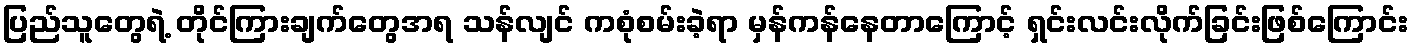
ပြည်သူတွေရဲ့ တိုင်ကြားချက်တွေအရ သန်လျင် ကစုံစမ်းခဲ့ရာ မှန်ကန်နေတာကြောင့် ရှင်းလင်းလိုက်ခြင်းဖြစ်ကြောင်း